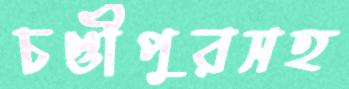
চণ্ডীপুরসহ